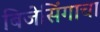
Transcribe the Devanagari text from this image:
बिजेसिंगाचा